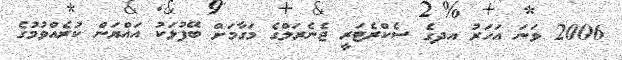
2006 ވަނަ އަހަރު އދގެ ސެކްރެޓަރީ ޖެނެރަލްގެ މަގާމަށް ބޭފުޅަކު އައްޔަން ކުރެއްވުމުގެ